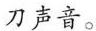
刀声音。